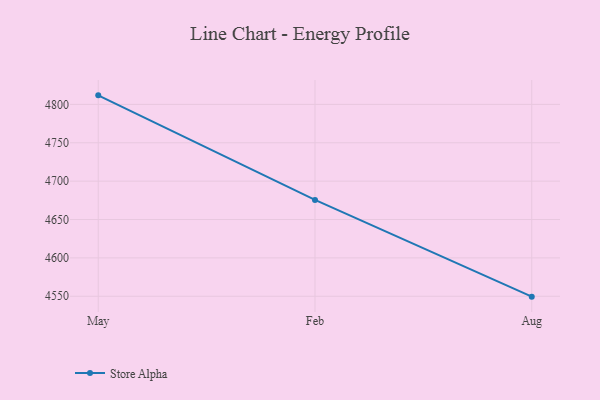
{"axis": {"x": "Month", "y": "Energy Usage (MWh)"}, "legend": ["Store Alpha"], "data": [{"x": "May", "y": 4811.8, "type": "Store Alpha"}, {"x": "Feb", "y": 4675.6, "type": "Store Alpha"}, {"x": "Aug", "y": 4549.5, "type": "Store Alpha"}]}